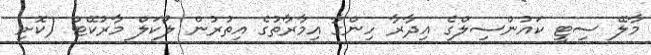
މާލޭ ސިޓީ ކައުންސިލްގެ އިދާރާ ހިންގާ އިމާރާތުގެ އިތުރުން ލޯކަލް މާރުކޭޓް (ކޮށި